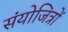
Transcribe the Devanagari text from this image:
संयोजित्रों